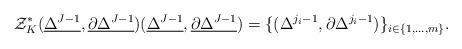
LaTeX: \begin{align*}&\mathcal{Z}^*_K (\underline{\Delta^{J-1}}, \underline{\partial \Delta^{J-1}}) (\underline{\Delta^{J-1}}, \underline{\partial \Delta^{J-1}} ) =\{( \Delta^{j_i-1}, \partial \Delta^{j_i-1} )\}_{i \in \{1, \ldots, m\}}.\end{align*}